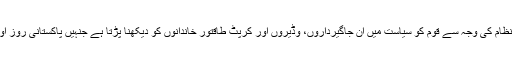
وہ یہ بیان اس لیے بھی دے چکے ہیں کیوں کہ پارلیمانی نظام کی وجہ سے قوم کو سیاست میں ان جاگیرداروں، وڈیروں اور کرپٹ طاقتور خاندانوں کو دیکھنا پڑتا ہے جنہیں پاکستانی روز اول سے میدانِ سیاست میں گھوڑے دوڑاتے دیکھ رہے ہیں۔